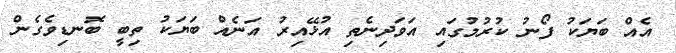
އެއް ބަޔަކު ފޯނު ކުރުމުގައި އަވަދިނެތި އުޅޭއިރު އަނެއް ބަޔަކު ތިބީ ބޮނޑިވެގެން